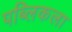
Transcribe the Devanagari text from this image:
पब्लिकला